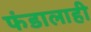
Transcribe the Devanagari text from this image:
फंडालाही